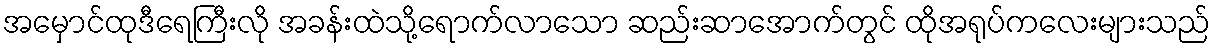
အမှောင်ထုဒီရေကြီးလို အခန်းထဲသို့ရောက်လာသော ဆည်းဆာအောက်တွင် ထိုအရုပ်ကလေးများသည်